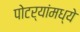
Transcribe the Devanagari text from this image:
पोटर्‍यांमध्ये